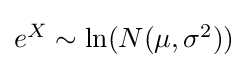
{\textstyle e^{X}\sim \ln(N(\mu ,\sigma ^{2}))}